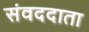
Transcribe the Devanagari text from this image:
संवददाता